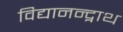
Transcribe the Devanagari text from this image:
विद्यानन्द्नाथ